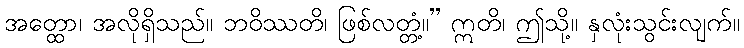
အတ္ထော၊ အလိုရှိသည်။ ဘဝိဿတိ၊ ဖြစ်လတ္တံ့။” ဣတိ၊ ဤသို့။ နှလုံးသွင်းလျက်။